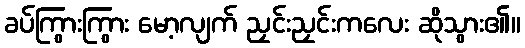
ခပ်ကြွားကြွား မော့လျက် ညှင်းညှင်းကလေး ဆိုသွား၏။